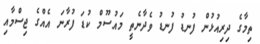
ތިމާގެ ދިރިއުޅުން ފުނޑު ފުނޑު ވެދާނެތީ މައުސޫމް ކުޑަ ފުރާނަ އެއްގެ ޖިސްމާއި